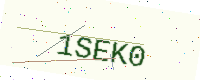
Text: 1SEK0